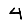
Digit: 4